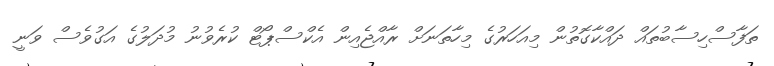
ތަފާސްހިސާބުތައް ދައްކާގޮތުން މިއަހަރުގެ މިހާތަނަށް ރާއްޖެއިން އެކްސްޕޯޓް ކުރެވުނު މުދަލުގެ އަގުވެސް ވަނީ